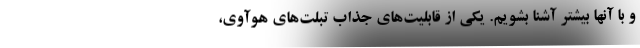
و با آنها بیشتر آشنا بشویم. یکی از قابلیت‌های جذاب تبلت‌های هوآوی،